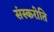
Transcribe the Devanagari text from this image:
संस्करोति